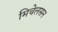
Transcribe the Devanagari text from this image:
मिचेलसन